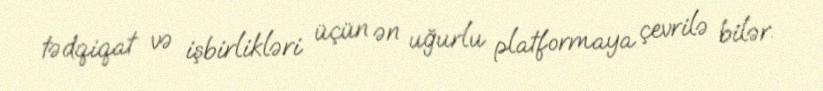
tədqiqat və işbirlikləri üçün ən uğurlu platformaya çevrilə bilər.